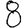
Digit: 8